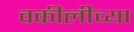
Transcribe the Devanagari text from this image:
वकीलीच्या